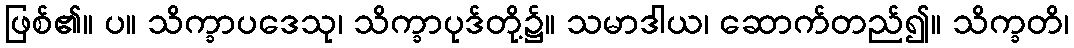
ဖြစ်၏။ ပ။ သိက္ခာပဒေသု၊ သိက္ခာပုဒ်တို့၌။ သမာဒါယ၊ ဆောက်တည်၍။ သိက္ခတိ၊